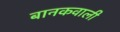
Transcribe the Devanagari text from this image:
बानकवाली